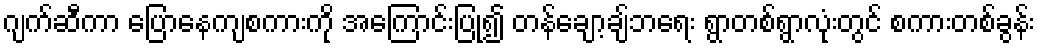
ဂျက်ဆီကာ ပြောနေကျစကားကို အကြောင်းပြု၍ တန်ချော့ချ်ဘရေး ရွာတစ်ရွာလုံးတွင် စကားတစ်ခွန်း